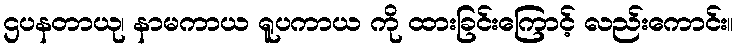
ဌပနတာယု၊ နာမကာယ ရူပကာယ ကို ထားခြင်းကြောင့် လည်းကောင်း။